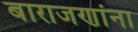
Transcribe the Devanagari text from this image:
बाराजणांना